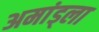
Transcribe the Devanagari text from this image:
अमांड्ला